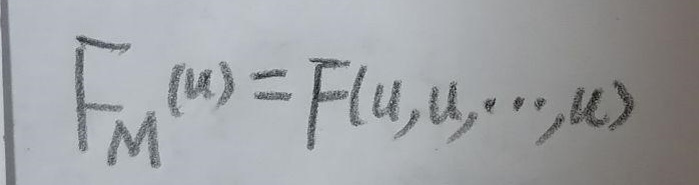
\[
F_M(u)=F(u, u, \cdots, u)
\]